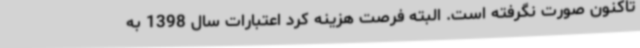
تاکنون صورت نگرفته است. البته فرصت هزینه کرد اعتبارات سال 1398 به